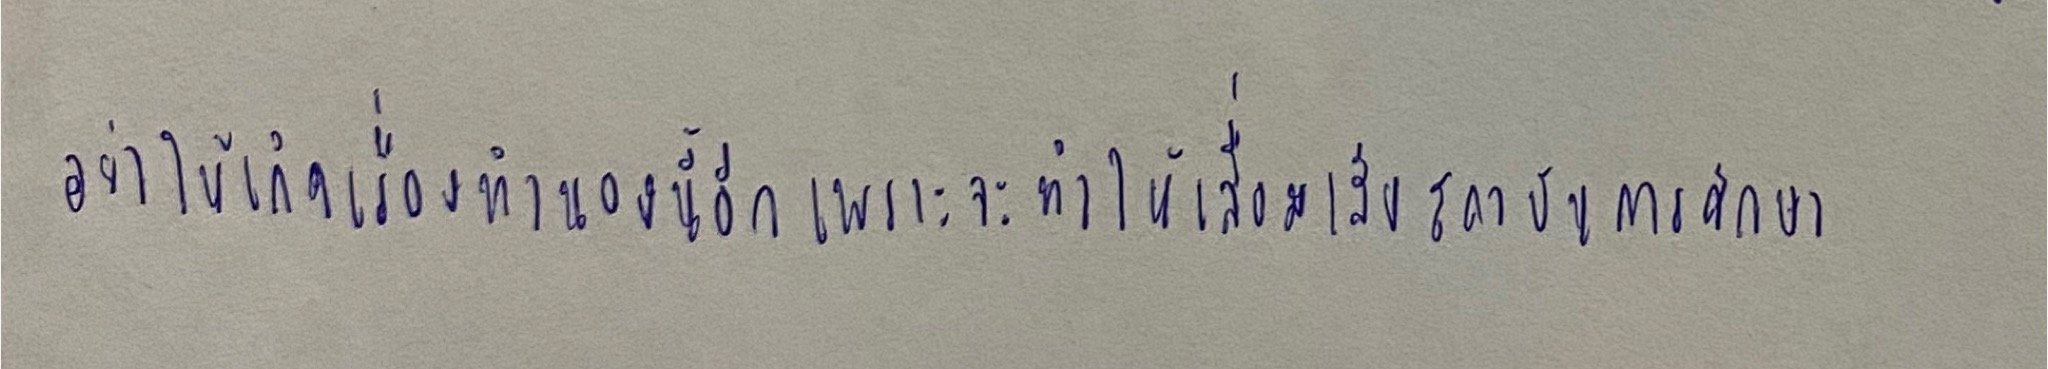
อย่าให้เกิดเรื่องทำนองนี้อีกเพราะจะทำให้เสื่อมเสียสถาบันการศึกษา